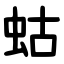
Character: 蛄